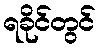
ရခိုင်တွင်